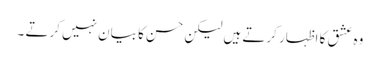
وہ عشق کا اظہار کرتے ہیں لیکن حسن کا بیان نہیں کرتے ۔